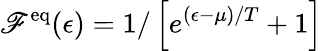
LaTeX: \mathscr{F}^{\mathrm{{eq}}}(\epsilon)=1/\left[e^{(\epsilon-\mu)/T}+1\right]